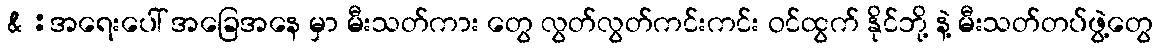
& :အရေးပေါ် အခြေအနေ မှာ မီးသတ်ကား တွေ လွတ်လွတ်ကင်းကင်း ဝင်ထွက် နိုင်ဘို့ နဲ့ မီးသတ်တပ်ဖွဲ့တွေ